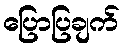
ပြောပြချက်